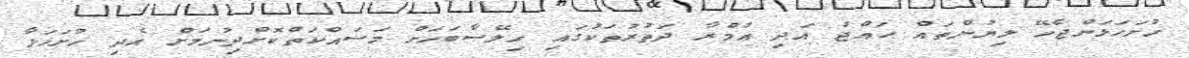
ހުށަހަޅަންޖެހޭ ލިޔުންތައް ޙައްޖު އަދި ޢުމްރާ ދަތުރުތަކުގައި ހިލޭސާބަހަށް މަސައްކަތްކޮށްދިނުމަށް އެދި ހުށަހަޅާ